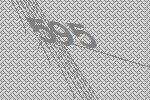
595